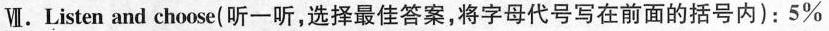
Ⅶ.Listen and choose(听一听,选择最佳答案,将字母代号写在前面的括号内):5%